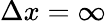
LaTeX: \Delta x=\infty